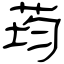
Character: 荺